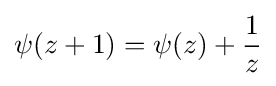
\psi (z+1)=\psi (z)+{\frac {1}{z}}